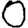
Digit: 0